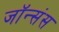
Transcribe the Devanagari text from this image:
जॉन्संस